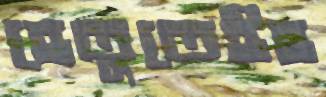
হেতুতেইহ